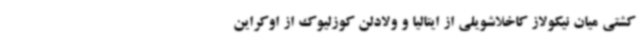
کشتی میان نیکولاز کاخلاشویلی از ایتالیا و ولادلن کوزلیوک از اوکراین